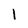
Character: I